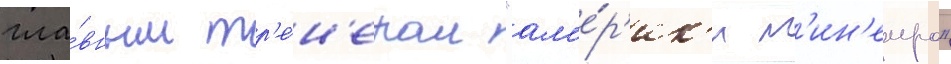
гла́вным тр'е́н'ером "ам'е́р'ик'и м'ин'еиро"